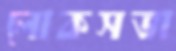
লোকসভা